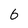
Character: 6